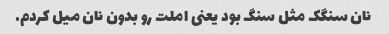
نان سنگک مثل سنگ بود یعنی املت رو بدون نان میل کردم.